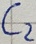
Text: C2